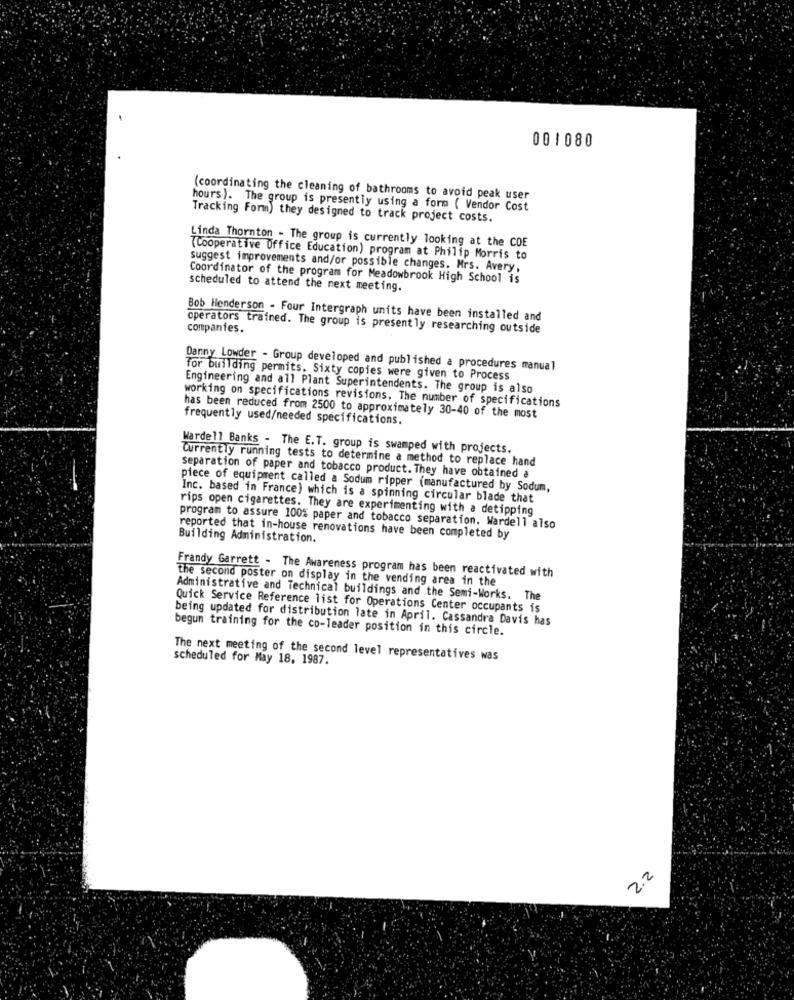
001080
(coordinating the cleaning of bathrooms to avoid peak user
hours). The group is presently using a form ( Vendor Cost
Tracking Form) they designed to track project costs.
Linda Thornton - The group is currently looking at the COE
(Cooperative Office Education) program at Philip Morris to
suggest improvements and/or possible changes. Mrs. Avery,
Coordinator of the program for Meadowbrook High School is
scheduled to attend the next meeting.
Bob Henderson - Four Intergraph units have been installed and
operators trained. The group is presently researching outside
companies.
Danny Lowder - Group developed and published a procedures manual
Tor building permits. Sixty copies were given to Process
Engineering and all Plant Superintendents. The group is also
working on specifications revisions. The number of specifications
has been reduced from 2500 to approximately 30-40 of the most
frequently used/needed specifications.
Wardell Banks - The E.T. group is swamped with projects.
Currently running tests to determine a method to replace hand
separation of paper and tobacco product. They have obtained a
piece of equipment called a Sodum ripper (manufactured by Sodum,
Inc. based in France) which is a spinning circular blade that
rips open cigarettes. They are experimenting with a detipping
program to assure 100% paper and tobacco separation. Wardell also
Building Administration.
reported that in-house renovations have been completed by
Frandy Garrett - The Awareness program has been reactivated with
the second poster on display in the vending area in the
Administrative and Technical buildings and the Semi-Works. The
Quick Service Reference list for Operations Center occupants is
being updated for distribution late in April. Cassandra Davis has
begun training for the co-leader position in this circle.
scheduled for May 18, 1987.
The next meeting of the second level representatives was
2.2